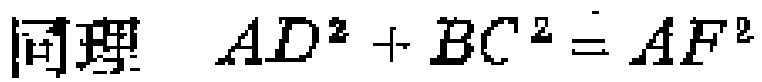
同理 \(AD^{2}+BC^{2}=AF^{2}\)